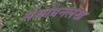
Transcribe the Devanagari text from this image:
संशोधनलेख